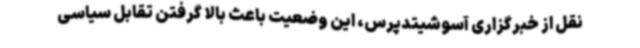
نقل از خبرگزاری آسوشیتدپرس، این وضعیت باعث بالا گرفتن تقابل سیاسی